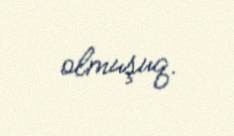
olmuşuq.